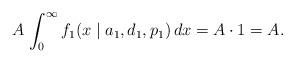
LaTeX: \begin{align*}A \, \int_{0}^{\infty} f_1(x \mid a_1, d_1, p_1) \, dx = A \cdot 1 = A.\end{align*}